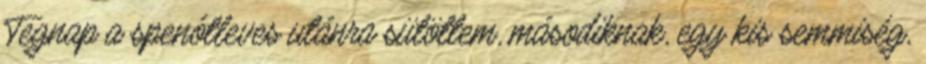
Tegnap a spenótleves utánra sütöttem, másodiknak, egy kis semmiség,